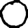
Digit: 0